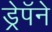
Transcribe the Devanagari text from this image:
ड्रेपॅने